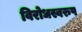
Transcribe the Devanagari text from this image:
विरोधस्वरुप